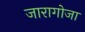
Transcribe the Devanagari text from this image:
जारागोजा